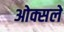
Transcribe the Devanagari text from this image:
ओक्सले